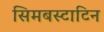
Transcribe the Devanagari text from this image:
सिमबस्टाटिन